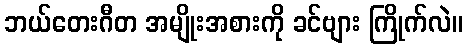
ဘယ်တေးဂီတ အမျိုးအစားကို ခင်ဗျား ကြိုက်လဲ။